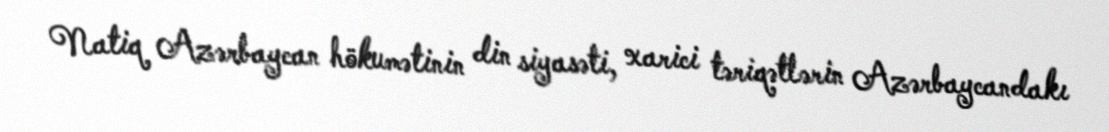
Natiq Azərbaycan hökumətinin din siyasəti, xarici təriqətlərin Azərbaycandakı